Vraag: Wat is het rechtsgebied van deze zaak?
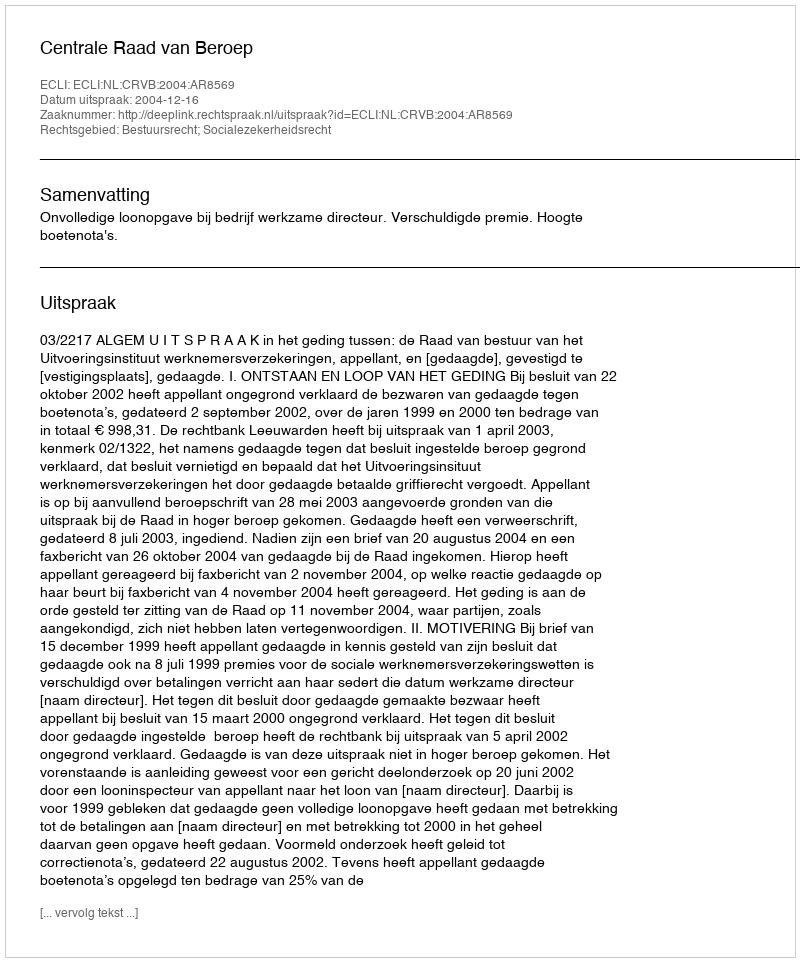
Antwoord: Bestuursrecht; Socialezekerheidsrecht